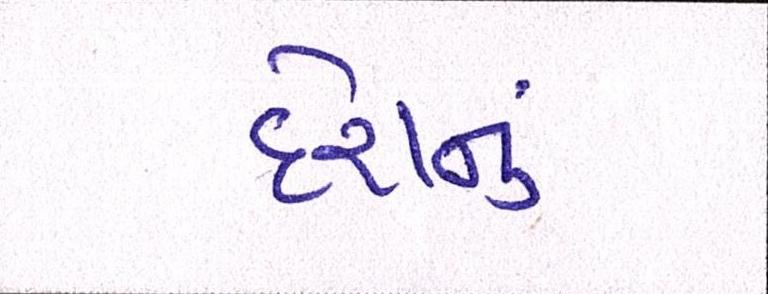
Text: દેશનું